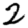
Digit: 2